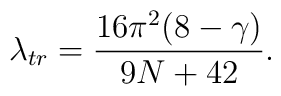
\lambda_{tr}=\frac{16\pi^2(8-\gamma)}{9N+42}.